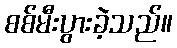
စစ်မီးပွားခဲ့သည်။